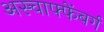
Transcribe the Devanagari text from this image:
अस्चाफ्फेंबर्ग